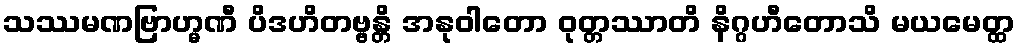
သဿမဏဗြာဟ္မဏီ ပိဒဟိတဗ္ဗန္တိ အနုဝါတော ဝုတ္တဿာတိ နိဂ္ဂဟီတောသိ မယမေတ္ထ